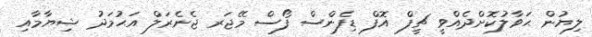
ލިޔުން ޙަވާލުކޮށްދެއްވީ ޗީފް އޮފް ޑިފެންސް ފޯސް މޭޖަރ ޖެނެރަލް އަޙުމަދު ޝިޔާމާއި